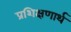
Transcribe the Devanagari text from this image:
प्रशिक्षणार्थ